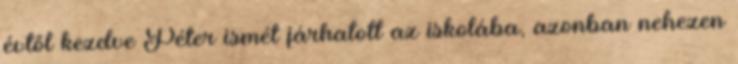
évtől kezdve Péter ismét járhatott az iskolába, azonban nehezen